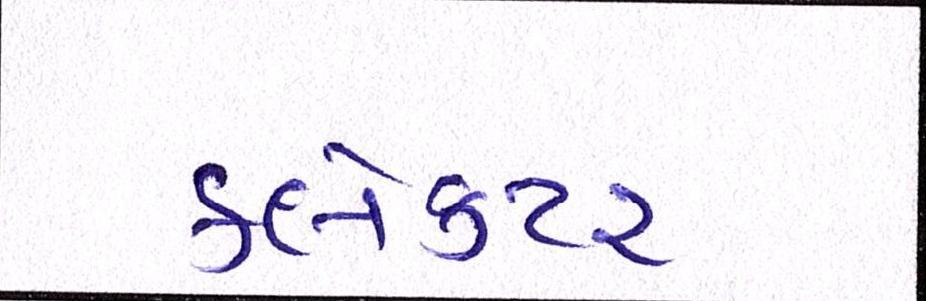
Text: ક્લેક્ટર